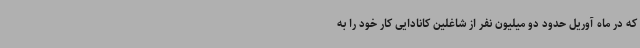
که در ماه آوریل حدود دو میلیون نفر از شاغلین کانادایی کار خود را به